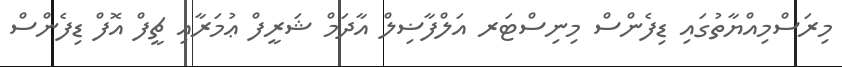
މިރަސްމިއްޔާތުގައި ޑިފެންސް މިނިސްޓަރ އަލްފާޟިލް އާދަމް ޝަރީފް ޢުމަރާއި ޗީފް އޮފް ޑިފެންސް